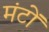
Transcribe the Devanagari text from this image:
मंटों